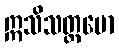
ဣသိသတ္တမော